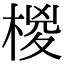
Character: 椶